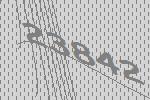
23842